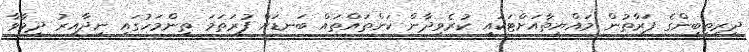
ދިރިތިބީންގެ ފަރާތުން މައްޔިތާއަށްޓަކައި ކުރެވިދާން ކަންތައްތައް ބަނޑަށް ފުރަތަމަ ތިންމަހުގައި ނިދާއިރު ދިމާވާ